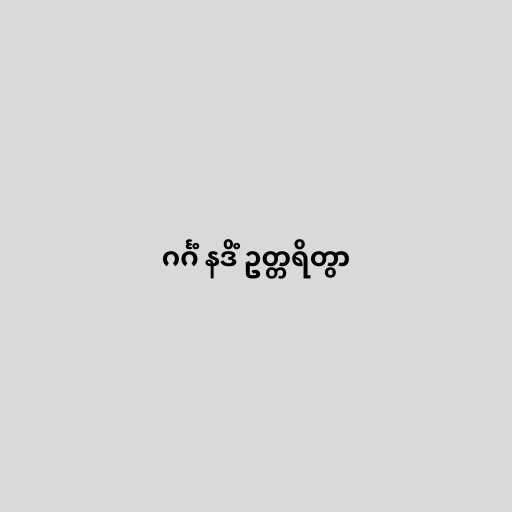
ဂင်္ဂံ နဒိံ ဥတ္တရိတွာ